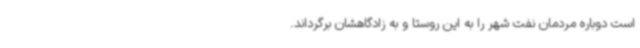
است دوباره مردمان نفت شهر را به این روستا و به زادگاهشان برگرداند.